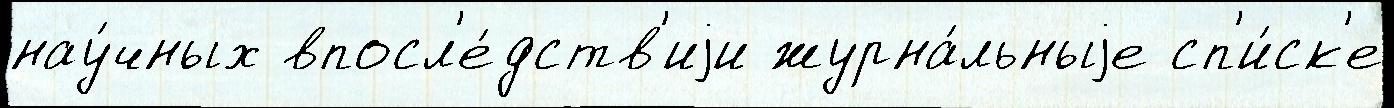
нау́чных впосл'е́дств'иjи журна́льныjе сп'и́ск'е